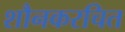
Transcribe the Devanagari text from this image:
शौनकरचित